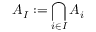
A _ { I } : = \bigcap _ { i \in I } A _ { i }